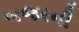
બજરની